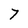
Character: 7